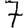
Digit: 7